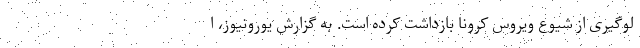
لوگیری از شیوع ویروس کرونا بازداشت کرده است. به گزارش یورونیوز، ا